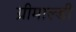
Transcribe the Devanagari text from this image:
ग्रीमाल्डी